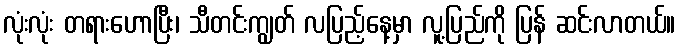
လုံးလုံး တရားဟောပြီး၊ သီတင်းကျွတ် လပြည့်နေ့မှာ လူ့ပြည်ကို ပြန် ဆင်းလာတယ်။